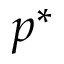
p ^ { * }